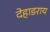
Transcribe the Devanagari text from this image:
देहाडराय